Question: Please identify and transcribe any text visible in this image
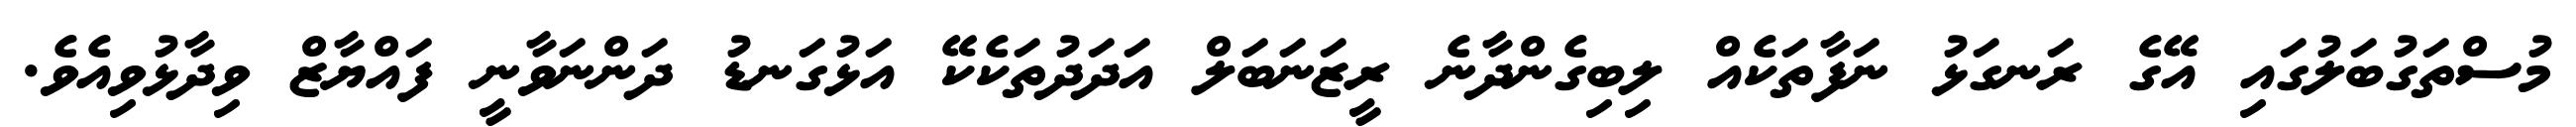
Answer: މުސްތަގުބަލުގައި އޭގެ ރަނގަޅު ނަފާތަކެއް ލިބިގެންދާނެ ރީޒަނަބަލް އަދަދުތަކެކޭ އަޅުގަނޑު ދަންނަވާނީ ފައްޔާޒް ވިދާޅުވިއެވެ.